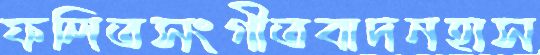
ফলিতসংগীতবাদনহাস